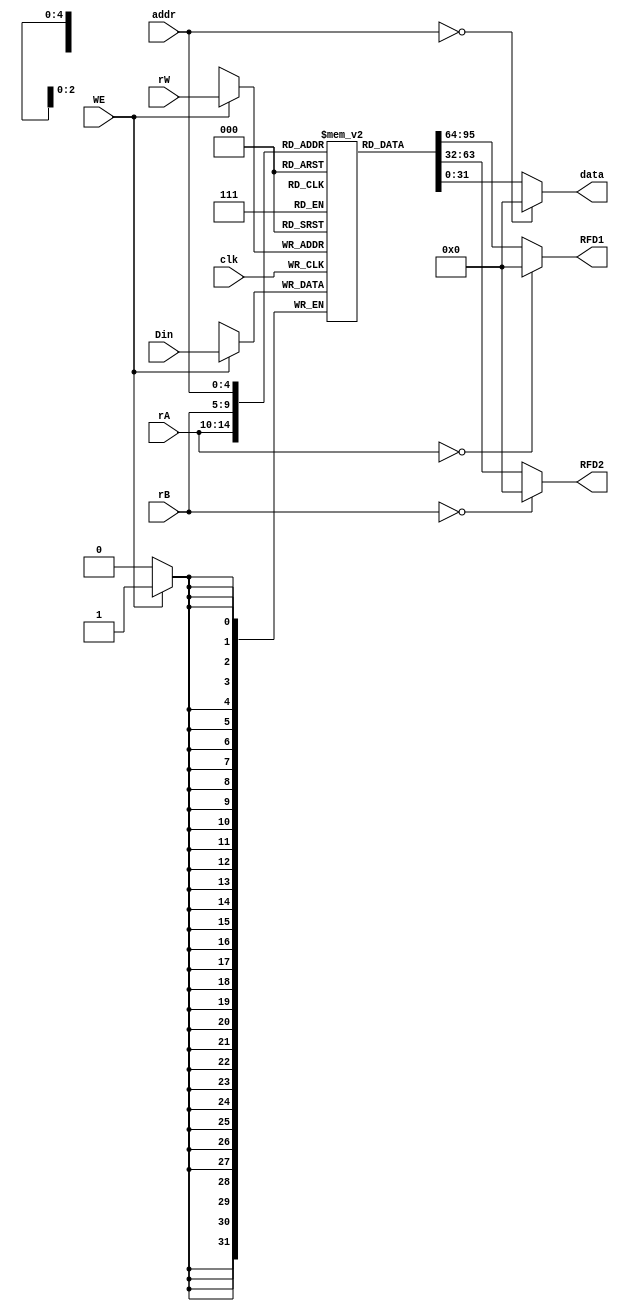
`timescale 1ns / 1ps
//////////////////////////////////////////////////////////////////////////////////
// Company: 
// Engineer: 
// 
// Design Name: 
// Module Name: register
// Project Name: 
// Target Devices: 
// Tool Versions: 
// Description: 
// 
// Dependencies: 
// 
// Revision:
// Revision 0.01 - File Created
// Additional Comments:
// 
//////////////////////////////////////////////////////////////////////////////////


// 5addr32data
module register_group(clk, WE, rA, rB, rW, addr,  Din, RFD1, RFD2 ,data);

input  [4:0]  rA, rB, rW, addr;
input  [31:0] Din;
input clk, WE;
output [31:0] RFD1, RFD2, data;


reg [31:0] rf[31:0];//3232


//initial begin
//    for (i=0; i<32; i=i+1)
//       rf[i] = 0;
//end

always @(negedge clk) begin //
	if (WE)
		rf[rW] <= Din;
   // `ifdef DEBUG
      // $display("R[00-07]=%8X, %8X, %8X, %8X, %8X, %8X, %8X, %8X", 0, rf[1], rf[2], rf[3], rf[4], rf[5], rf[6], rf[7]);
      // $display("R[08-15]=%8X, %8X, %8X, %8X, %8X, %8X, %8X, %8X", rf[8], rf[9], rf[10], rf[11], rf[12], rf[13], rf[14], rf[15]);
      // $display("R[16-23]=%8X, %8X, %8X, %8X, %8X, %8X, %8X, %8X", rf[16], rf[17], rf[18], rf[19], rf[20], rf[21], rf[22], rf[23]);
      // $display("R[24-31]=%8X, %8X, %8X, %8X, %8X, %8X, %8X, %8X", rf[24], rf[25], rf[26], rf[27], rf[28], rf[29], rf[30], rf[31]);
   // `endif
end // end always

assign RFD1 = (rA == 0) ? 0 : rf[rA];
assign RFD2 = (rB == 0) ? 0 : rf[rB];
assign data = (addr == 0) ? 0 : rf[addr];
endmodule